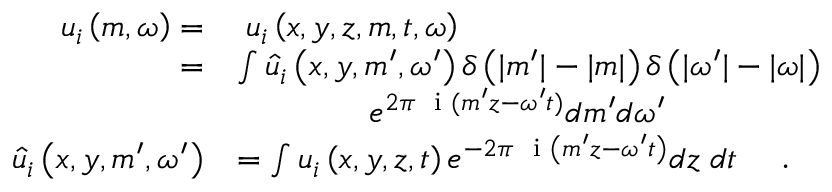
\begin{array} { r l } { u _ { i } \left( m , \omega \right) = } & { \; u _ { i } \left( x , y , z , m , t , \omega \right) } \\ { = } & { \int \hat { u } _ { i } \left( x , y , m ^ { \prime } , \omega ^ { \prime } \right) \delta \left( | m ^ { \prime } | - | m | \right) \delta \left( | \omega ^ { \prime } | - | \omega | \right) } \\ & { \qquad \qquad e ^ { 2 \pi \textrm { \fontfamily { c m t t } \selectfont i } ( m ^ { \prime } z - \omega ^ { \prime } t ) } d m ^ { \prime } d \omega ^ { \prime } } \\ { \hat { u } _ { i } \left( x , y , m ^ { \prime } , \omega ^ { \prime } \right) } & { = \int u _ { i } \left( x , y , z , t \right) e ^ { - 2 \pi \textrm { \fontfamily { c m t t } \selectfont i } \left( m ^ { \prime } z - \omega ^ { \prime } t \right) } d z \; d t \quad \textrm { . } } \end{array}